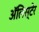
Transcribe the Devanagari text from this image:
अॅलिस्टेर